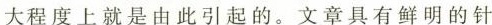
大程度上就是由此引起的。文章具有鲜明的针